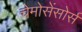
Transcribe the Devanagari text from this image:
चेमोसेंसोर्स